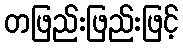
တဖြည်းဖြည်းဖြင့်